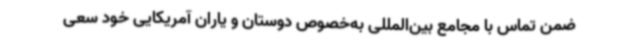
ضمن تماس با مجامع بین‌المللی به‌خصوص دوستان و یاران آمریکایی خود سعی